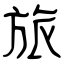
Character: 旅